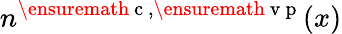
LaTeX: n^{\ensuremath{\mathrm{~c~}},\ensuremath{\mathrm{~v~p~}}}(x)